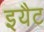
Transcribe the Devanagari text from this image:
इयैट